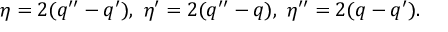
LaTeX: \eta = 2 ( q ^ { \prime \prime } - q ^ { \prime } ) , \ \eta ^ { \prime } = 2 ( q ^ { \prime \prime } - q ) , \ \eta ^ { \prime \prime } = 2 ( q - q ^ { \prime } ) .